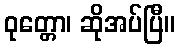
ဝုတ္တော၊ ဆိုအပ်ပြီ။